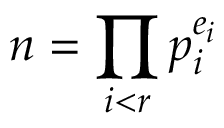
n = \prod _ { i < r } p _ { i } ^ { e _ { i } }